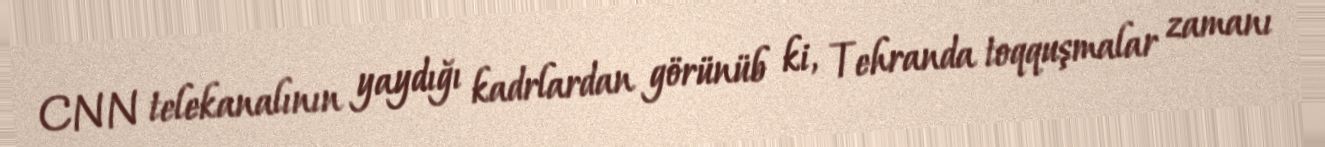
CNN telekanalının yaydığı kadrlardan görünüb ki, Tehranda toqquşmalar zamanı